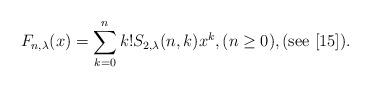
LaTeX: \begin{align*}F_{n,\lambda}(x)=\sum_{k=0}^{n}k!S_{2,\lambda}(n,k)x^{k},(n\ge 0),(\mathrm{see}\ [15]).\end{align*}